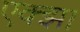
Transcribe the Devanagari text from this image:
एक्झा